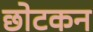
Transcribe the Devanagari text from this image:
छोटकन